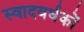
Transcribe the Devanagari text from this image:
स्वादवर्धकों